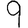
Digit: 9